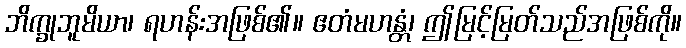
ဘိက္ခုဘူမိယာ၊ ရဟန်းအဖြစ်၏။ ဧတံမဟန္တံ၊ ဤမြင့်မြတ်သည်အဖြစ်ကို။